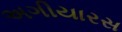
અગીયારસ